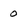
Character: o